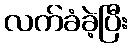
လက်ခံခဲ့ပြီး